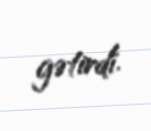
gətirdi.